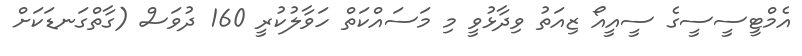
އެމްޓީސީސީގެ ސީއީއޯ ޒިއަތު ވިދާޅުވީ މި މަސައްކަތް ހަވާލުކުރީ 160 ދުވަސް (ގާތްގަނޑަކަށް